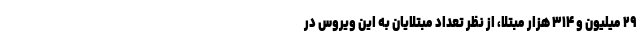
۲۹ میلیون و ۳۱۴ هزار مبتلا، از نظر تعداد مبتلایان به این ویروس در